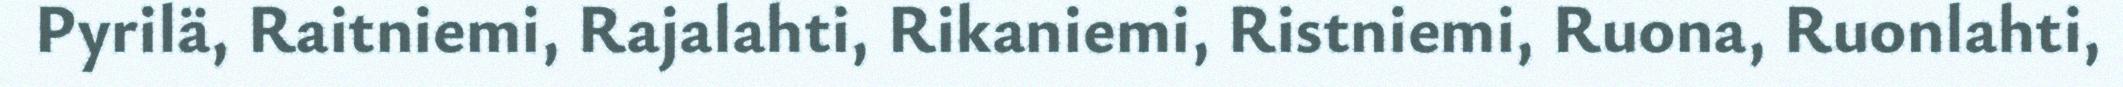
Pyrilä, Raitniemi, Rajalahti, Rikaniemi, Ristniemi, Ruona, Ruonlahti,